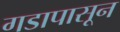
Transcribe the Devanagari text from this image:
गडापासून